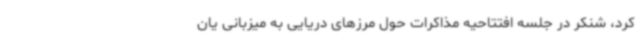
کرد،‌ شنکر در جلسه افتتاحیه مذاکرات حول مرزهای دریایی به میزبانی یان